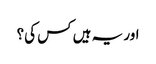
اور یہ ہیں کس کی؟